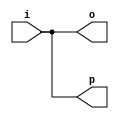
module top(input i, output o, p);
always @* o <= i;
always @* p = i;
endmodule